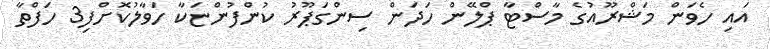
އައި ހެވަން މަޝްރޫއުގެ މާސްޓާ ޕްލޭން ހަދަން ސިންގަޕޫރު ކުންފުންޏަކާ ހަވާލުކޮށްފި3 ހަފްތާ